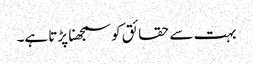
بہت سے حقائق کو سمجھنا پڑتا ہے۔